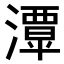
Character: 𤁎